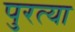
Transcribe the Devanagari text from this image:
पुरत्या